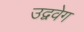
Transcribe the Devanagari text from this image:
उद्ववेग